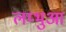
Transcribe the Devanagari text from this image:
लम्‍भुआ